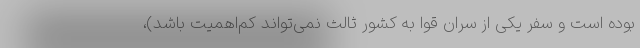
بوده است و سفر یکی از سران قوا به کشور ثالث نمی‌تواند کم‌اهمیت باشد)،